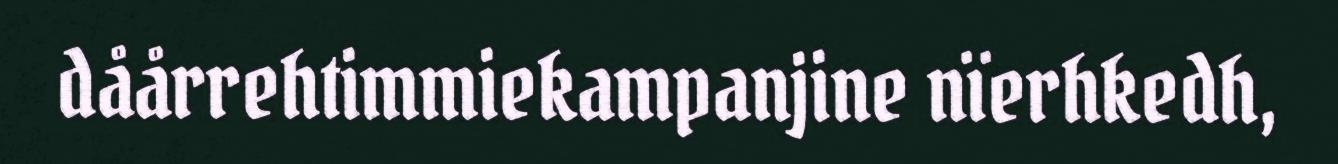
dåårrehtimmiekampanjine nïerhkedh,